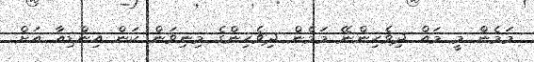
މަމެން މީ މައް ދިވެހިންނޭ މަމެން ދިވެހިންގެ މިނިވަން ކަން އިންޑިއާ އަށް